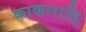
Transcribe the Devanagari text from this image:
काकारादि